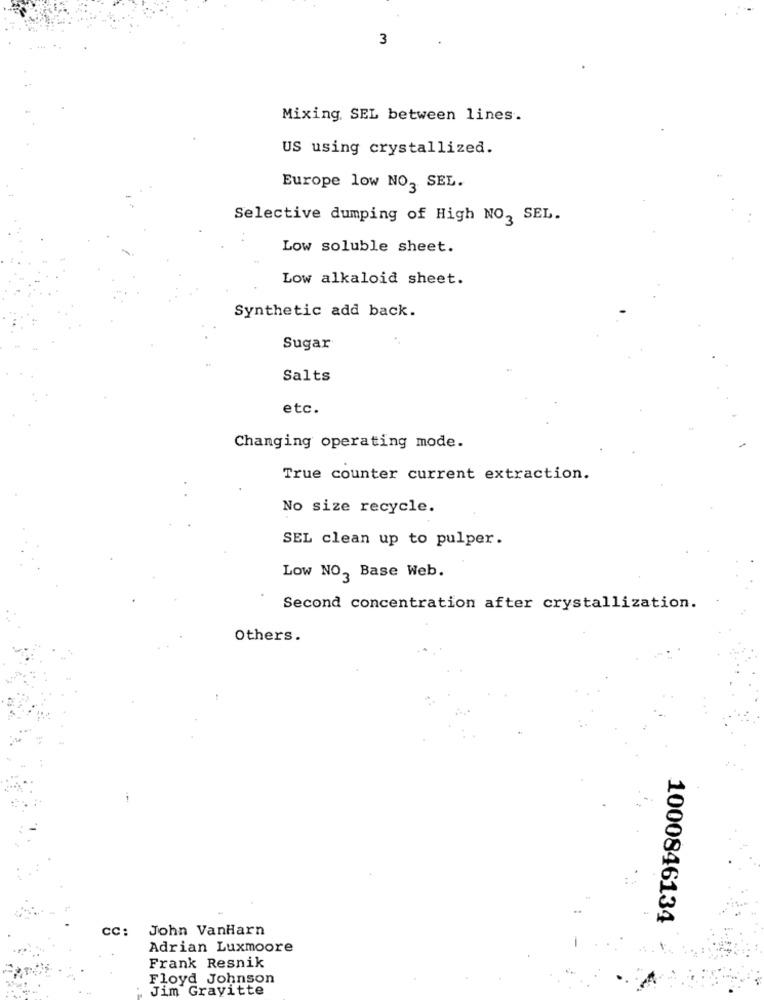
3
Mixing. SEL between lines.
US using crystallized.
Europe low NO, SEL.
Selective dumping of High NO3 SEL.
Low soluble sheet.
Low alkaloid sheet.
Synthetic add back.
Sugar
Salts
etc.
Changing operating mode.
True counter current extraction.
No size recycle.
SEL clean up to pulper.
Low NO, Base Web.
Second concentration after crystallization.
Others.
1000846134
CC: John VanHarn
Adrian Luxmoore
Frank Resnik
Floyd Johnson
Jim Grayitte